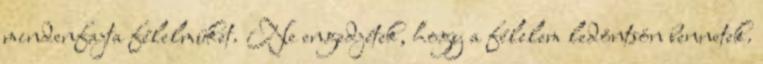
mindenfajta félelmüket. Ne engedjétek, hogy a félelem ledöntsön bennetek.